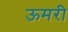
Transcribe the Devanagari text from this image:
ऊमरी